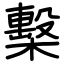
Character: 檕